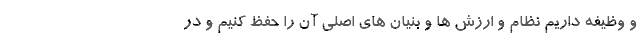
و وظیفه داریم نظام و ارزش ها و بنیان های اصلی آن را حفظ کنیم و در